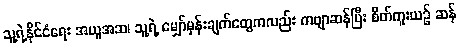
သူ့ရဲ့နိုင်ငံရေး အယူအဆ၊ သူ့ရဲ့ မျှော်မှန်းချက်တွေကလည်း ကဗျာဆန်ပြီး စိတ်ကူးယဉ် ဆန်